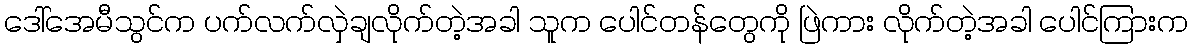
ဒေါ်အေမီသွင်က ပက်လက်လှဲချလိုက်တဲ့အခါ သူက ပေါင်တန်တွေကို ဖြဲကား လိုက်တဲ့အခါ ပေါင်ကြားက